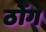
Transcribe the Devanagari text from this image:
ठोंग